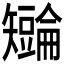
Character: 𪿏